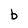
Character: b